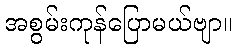
အစွမ်းကုန်ပြောမယ်ဗျာ။